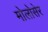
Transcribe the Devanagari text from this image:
मोलोसेर